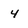
Character: 4